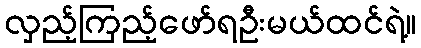
လှည့်ကြည့်ဖော်ရဦးမယ်ထင်ရဲ့။